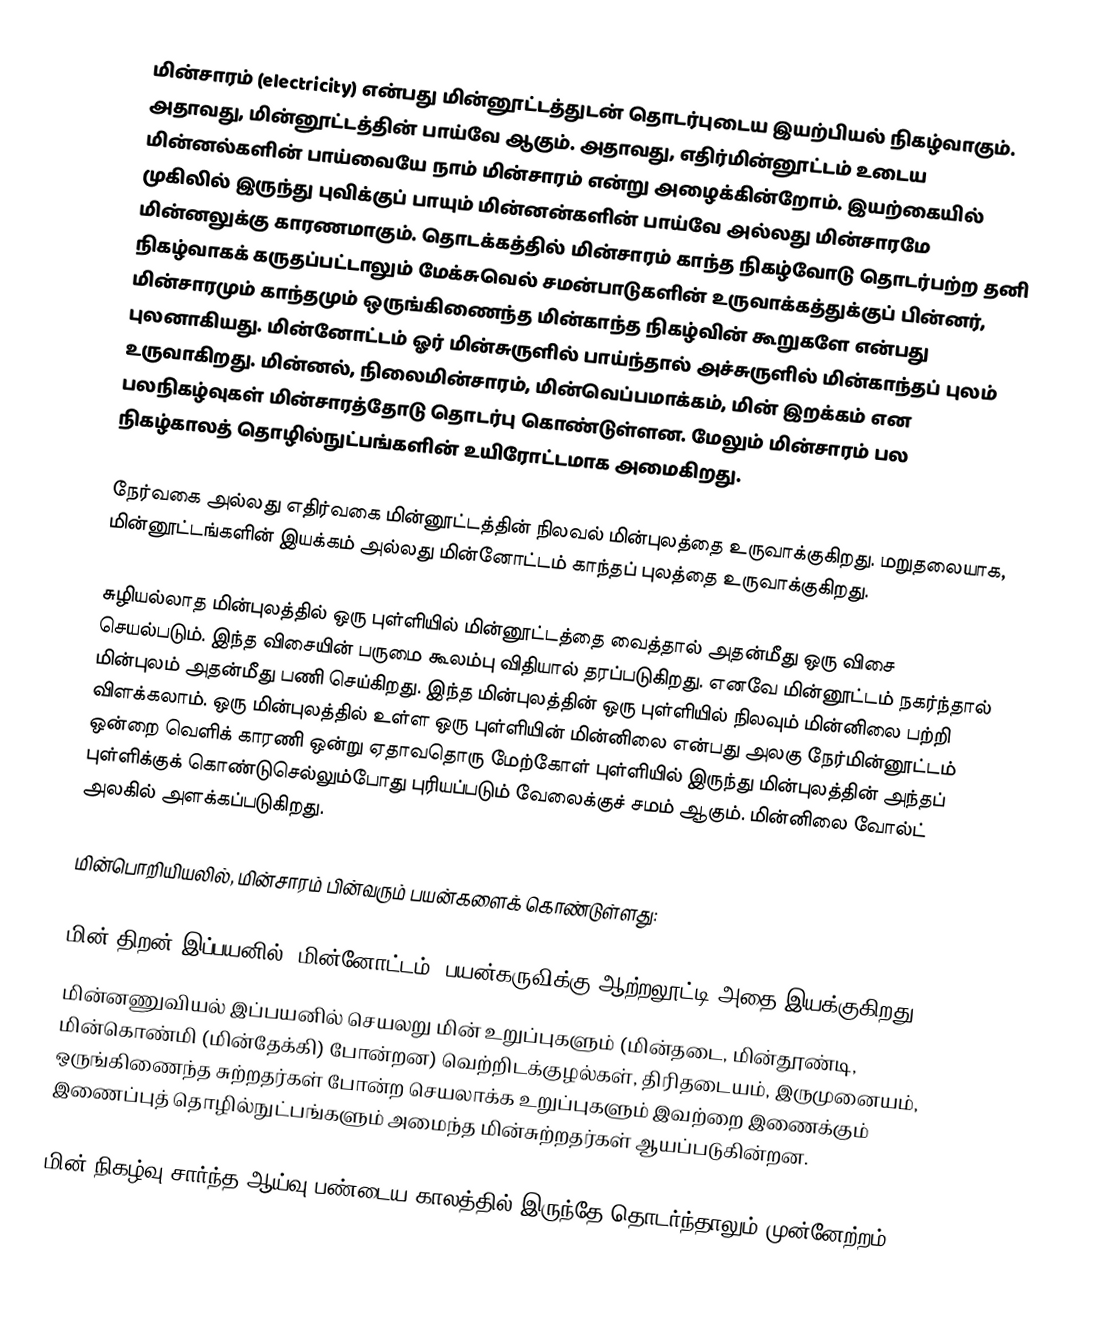
மின்சாரம் (electricity) என்பது மின்னூட்டத்துடன் தொடர்புடைய இயற்பியல் நிகழ்வாகும். அதாவது, மின்னூட்டத்தின் பாய்வே ஆகும். அதாவது, எதிர்மின்னூட்டம் உடைய மின்னல்களின் பாய்வையே நாம் மின்சாரம் என்று அழைக்கின்றோம். இயற்கையில் முகிலில் இருந்து புவிக்குப் பாயும் மின்னன்களின் பாய்வே அல்லது மின்சாரமே மின்னலுக்கு காரணமாகும். தொடக்கத்தில் மின்சாரம் காந்த நிகழ்வோடு தொடர்பற்ற தனி நிகழ்வாகக் கருதப்பட்டாலும் மேக்சுவெல் சமன்பாடுகளின் உருவாக்கத்துக்குப் பின்னர், மின்சாரமும் காந்தமும் ஒருங்கிணைந்த மின்காந்த நிகழ்வின் கூறுகளே என்பது புலனாகியது. மின்னோட்டம் ஓர் மின்சுருளில் பாய்ந்தால் அச்சுருளில் மின்காந்தப் புலம் உருவாகிறது. மின்னல், நிலைமின்சாரம், மின்வெப்பமாக்கம், மின் இறக்கம் என பலநிகழ்வுகள் மின்சாரத்தோடு தொடர்பு கொண்டுள்ளன. மேலும் மின்சாரம் பல நிகழ்காலத் தொழில்நுட்பங்களின் உயிரோட்டமாக அமைகிறது.

நேர்வகை அல்லது எதிர்வகை மின்னூட்டத்தின் நிலவல் மின்புலத்தை உருவாக்குகிறது. மறுதலையாக, மின்னூட்டங்களின் இயக்கம் அல்லது மின்னோட்டம் காந்தப் புலத்தை உருவாக்குகிறது.

சுழியல்லாத மின்புலத்தில் ஒரு புள்ளியில் மின்னூட்டத்தை வைத்தால் அதன்மீது ஒரு விசை செயல்படும். இந்த விசையின் பருமை கூலம்பு விதியால் தரப்படுகிறது. எனவே மின்னூட்டம் நகர்ந்தால் மின்புலம் அதன்மீது பணி செய்கிறது. இந்த மின்புலத்தின் ஒரு புள்ளியில் நிலவும் மின்னிலை பற்றி விளக்கலாம். ஒரு மின்புலத்தில் உள்ள ஒரு புள்ளியின் மின்னிலை என்பது அலகு நேர்மின்னூட்டம் ஒன்றை வெளிக் காரணி ஒன்று ஏதாவதொரு மேற்கோள் புள்ளியில் இருந்து மின்புலத்தின் அந்தப் புள்ளிக்குக் கொண்டுசெல்லும்போது புரியப்படும் வேலைக்குச் சமம் ஆகும். மின்னிலை வோல்ட் அலகில் அளக்கப்படுகிறது.

மின்பொறியியலில், மின்சாரம் பின்வரும் பயன்களைக் கொண்டுள்ளது:

 மின் திறன்  இப்பயனில், மின்னோட்டம், பயன்கருவிக்கு ஆற்றலூட்டி அதை இயக்குகிறது;
 மின்னணுவியல் இப்பயனில் செயலறு மின் உறுப்புகளும் (மின்தடை, மின்தூண்டி, மின்கொண்மி (மின்தேக்கி) போன்றன) வெற்றிடக்குழல்கள், திரிதடையம், இருமுனையம், ஒருங்கிணைந்த சுற்றதர்கள் போன்ற செயலாக்க உறுப்புகளும் இவற்றை இணைக்கும் இணைப்புத் தொழில்நுட்பங்களும் அமைந்த மின்சுற்றதர்கள் ஆயப்படுகின்றன.

மின் நிகழ்வு சார்ந்த ஆய்வு பண்டைய காலத்தில் இருந்தே தொடர்ந்தாலும் முன்னேற்றம் 17,